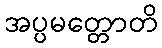
အပ္ပမတ္တောတိ